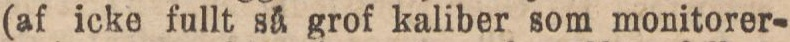
(af icke fullt så grof kaliber som monitorer-